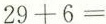
$$2 9 + 6 =$$